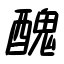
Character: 醜